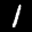
Label: 1